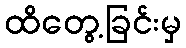
ထိတွေ့ခြင်းမှ